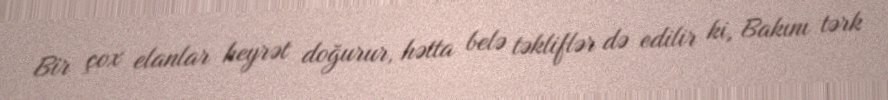
Bir çox elanlar heyrət doğurur, hətta belə təkliflər də edilir ki, Bakını tərk